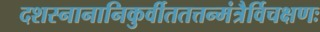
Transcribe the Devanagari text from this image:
दशस्नानानिकुर्वीततत्तन्मंत्रैर्विचक्षणः